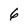
Character: 6